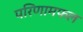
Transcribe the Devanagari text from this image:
परिणामफल